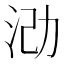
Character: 𪵶